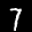
Label: 7